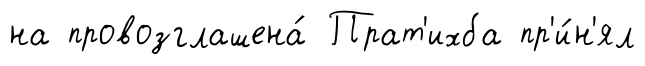
на провозглашена́ Прат'ихба пр'и́н'ял